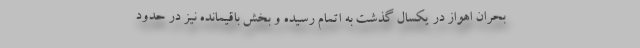
بحران اهواز در یکسال گذشت به اتمام رسیده و بخش باقیمانده نیز در حدود